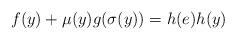
LaTeX: \begin{align*}f(y)+\mu(y)g(\sigma(y))=h(e)h(y)\end{align*}